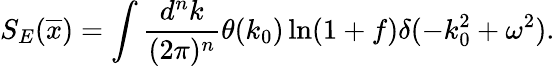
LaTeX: S_{E}(\overline{{x}})=\int\frac{d^{n}k}{(2\pi)^{n}}\theta(k_{0})\ln(1+f)\delta(-k_{0}^{2}+\omega^{2}).